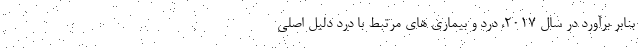
بنابر برآورد در سال 2017، درد و بیماری های مرتبط با درد دلیل اصلی